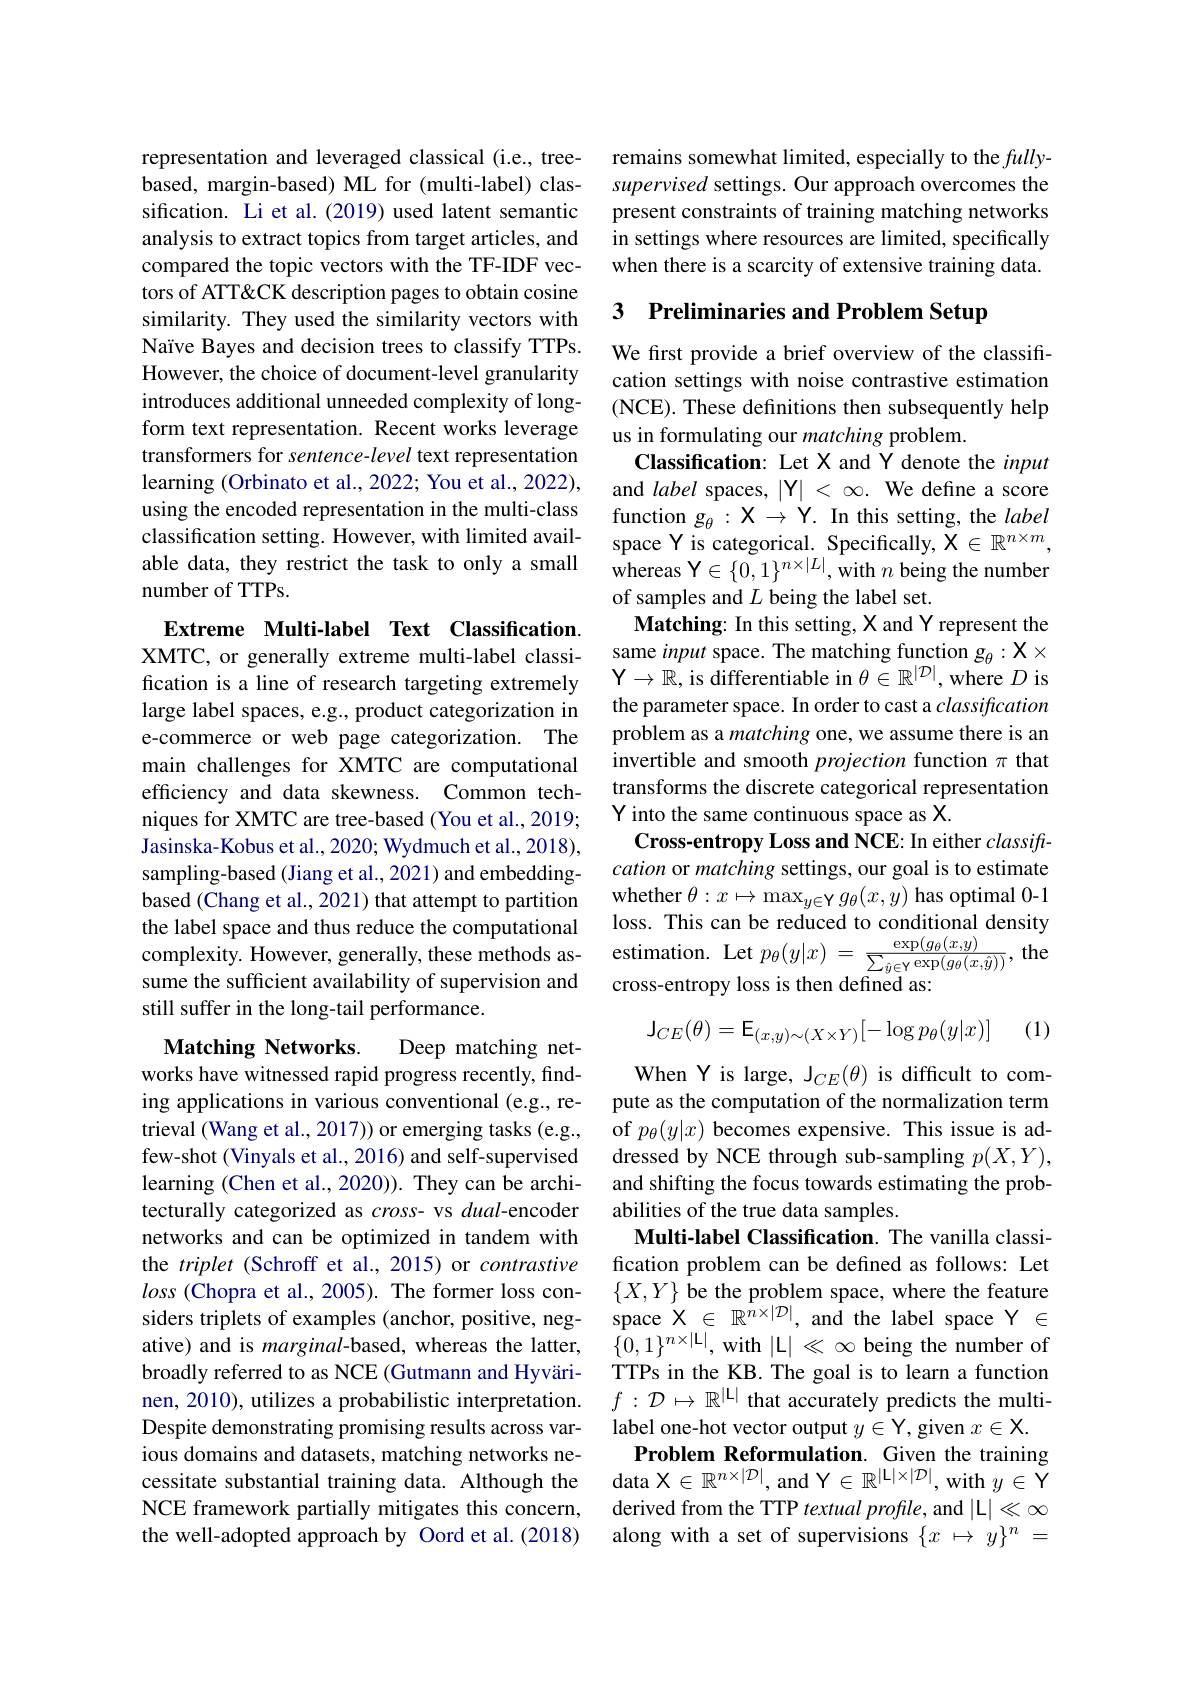
representation and leveraged classical (i.e., treebased, margin-based) ML for (multi-label) classification. Li et al.(2019) used latent semantic analysis to extract topics from target articles, and compared the topic vectors with the TF-IDF vectors of ATT&CK description pages to obtain cosine similarity. They used the similarity vectors with Naïve Bayes and decision trees to classify TTPs. However, the choice of document-level granularity introduces additional unneeded complexity of longform text representation. Recent works leverage transformers for sentence-level text representation learning (Orbinato et al., 2022; You et al., 2022), using the encoded representation in the multi-class classification setting. However, with limited available data, they restrict the task to only a small number of TTPs.

Extreme Multi-label Text Classification. XMTC, or generally extreme multi-label classification is a line of research targeting extremely large label spaces, e.g., product categorization in e-commerce or web page categorization. The main challenges for XMTC are computational efficiency and data skewness. Common techniques for XMTC are tree-based (You et al., 2019; Jasinska-Kobus et al., 2020; Wydmuch et al., 2018), sampling-based (Jiang et al., 2021) and embeddingbased (Chang et al., 2021) that attempt to partition the label space and thus reduce the computational sume the sufficient availability of supervision and still suffer in the long-tail performance.

Matching Networks.
Deep matching net-
works have witnessed rapid progress recently, finding applications in various conventional (e.g., retrieval (Wang et al., 2017)) or emerging tasks (e.g., few-shot (Vinyals et al., 2016) and self-supervised learning (Chen et al.,2020)). They can be architecturally categorized as cross- vs dual-encoder networks and can be optimized in tandem with the triplet (Schroff et al., 2015) or contrastive loss (Chopra et al., 2005). The former loss considers triplets of examples (anchor, positive, negative) and is marginal-based, whereas the latter, broadly referred to as NCE (Gutmann and Hyvärinen, 2010), utilizes a probabilistic interpretation. Despite demonstrating promising results across various domains and datasets, matching networks necessitate substantial training data. Although the data $\mathcal{X}\in\mathbb{R}^{n\times|\mathcal{D}|}$,and Y$\in\mathbb{R}^|\mathcal{L}|\times|\mathcal{D}|$, with $y\in\mathcal{Y}$
NCE framework partially mitigates this concern, the well-adopted approach by Oord et al.(2018)

remains somewhat limited, especially to the $fully-$ supervised settings. Our approach overcomes the present constraints of training matching networks in settings where resources are limited, specifically when there is a scarcity of extensive training data

# 3 Preliminaries and Problem Setup

We first provide a brief overview of the classification settings with noise contrastive estimation (NCE). These definitions then subsequently help us in formulating our matching problem.
Classification: Let X and Y denote the input and label spaces, $|\mathbf{Y}|<\infty.$ We define a score function $g_\theta:\mathcal{X}\to\mathcal{Y}.$ In this setting, the label space Y is categorical. Specifically, $\tilde{\mathcal{X}}\in\mathbb{R}^{n\times m}$, whereas $\mathbf{Y}\in\{0,1\}^{n\times|L|}$,with $n$ being the number of samples and $L$ being the label set.
Matching: In this setting, X and Y represent the same input space. The matching function $g_\theta:\mathcal{X}\times$ $\mathcal{Y}\to\mathbb{R}$, is differentiable in $\theta\in\mathbb{R}^|\mathcal{D}|$,where $D$ is the parameter space. In order to cast a classification problem as a matching one, we assume there is an invertible and smooth projection function $\pi$ that transforms the discrete categorical representation Y into the same continuous space as X.
Cross-entropy Loss and NCE: In either $classift-$ cation or matching settings, our goal is to estimate whether $\theta:x\mapsto\max_y\in\mathbf{Y}g_\theta(x,y)$ has optimal 0-1 loss. This can be reduced to conditional density
complexity. However, generally, these methods as- estimation. Let $p_\theta(y|x)=\frac{\exp(g_\theta(x,y)}{\sum_{\hat{y}\in\mathbf{Y}}\exp(g_\theta(x,\hat{y}))}$, the sume the sufficient availabilitv of supervision and cross-entronv loss is then defined as'
cross-entropy loss is then defined as:

(1)
$$\mathsf J_{CE}(\theta)=\mathsf E_{(x,y)\sim(X\times Y)}[-\log p_\theta(y|x)]$$
When Y is large, J$_CE(\theta)$ is difficult to compute as the computation of the normalization term of $p_\theta(y|x)$ becomes expensive. This issue is addressed by NCE through sub-sampling $p(X,Y)$, and shifting the focus towards estimating the probabilities of the true data samples.
Multi-label Classification. The vanilla classification problem can be defined as follows: Let $\{X,Y\}$ be the problem space, where the feature space $\mathcal{X}\in\mathbb{R}^{\hat{n}\times|\mathcal{D}|}$, and the label space $\mathcal{Y}\in$ $\{0,1\}^{n\times|\mathcal{L}|}$, with $|\mathcal{L}|\ll\infty$ being the number of TTPs in the KB. The goal is to learn a function $f:\mathcal{D}\mapsto\mathbb{R}^{|\mathcal{L}|}$ that accurately predicts the multilabel one-hot vector output $y\in\mathbf{Y}$,given $x\in\mathbf{X}.$
Problem Reformulation. Given the training derived from the TTP textual profile, and $|\mathcal{L}|\ll\infty$ along with a set of supervisions $\{ x$ $\mapsto$ $y\} ^n$ =